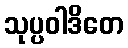
သုပ္ပဝါဒိတေ